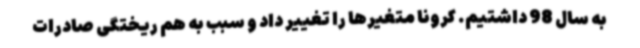
به سال 98 داشتیم. کرونا متغیرها را تغییر داد و سبب به هم ریختگی صادرات